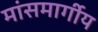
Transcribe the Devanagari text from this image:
मांसमार्गीय